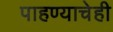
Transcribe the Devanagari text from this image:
पाहण्याचेही